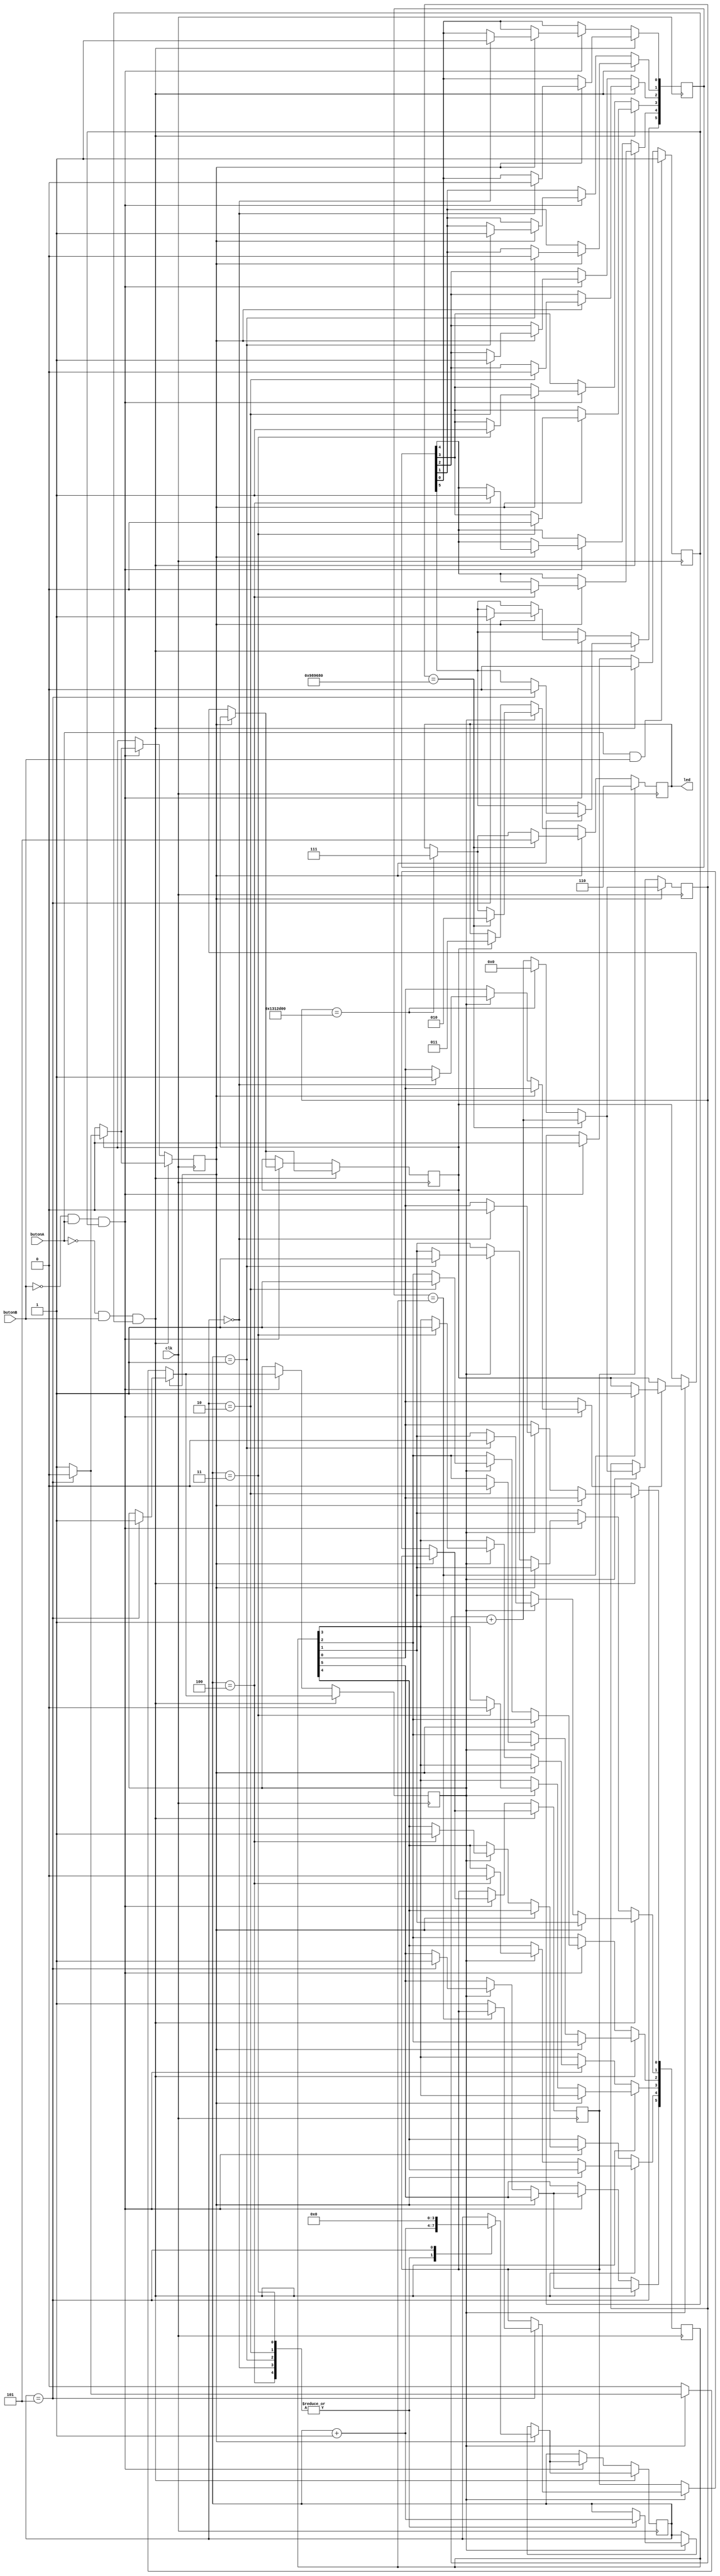
module sifrelemeSistemi(
input butonA,
input butonB,
input clk,  //butonA > 0, butonB > 1 , 011<krmz 101<mavi  110<yeil
output reg [2:0] led
);

reg [31:0] sayac = 32'd0;
reg [3:0] butonSayaci = 4'b0000;
reg [5:0] sifre;
reg [5:0] denenenSifre;
reg  sifreKaydetme = 1'b1;
reg  sifreDogrulama = 1'b0;
reg  butonuAlgila = 1'b1;
reg  dogru = 1'b0;
reg  yanlis = 1'b0;

always@(posedge clk)begin                           
if(sifreKaydetme == 1'b1) begin
    sayac <= sayac + 1;
    if(sayac == 32'd10000_000)begin
    led <= 3'b101;
    end
    else if(sayac == 32'd20000_000) begin
    led <= 3'b111;
    sayac <= 32'd0;
    end
end 
else if(sifreDogrulama == 1'b1) begin
    sayac <= sayac + 1;
    if(sayac == 32'd10000_000)begin
    led <= 3'b010;
    end
    else if(sayac == 32'd20000_000) begin
    led <= 3'b111;
    sayac <= 32'd0;
    end
end 
else if(dogru == 1'b1) begin
    led <= 3'b011;
end 
if(yanlis == 1'b1) begin
    led <= 3'b110;
end 
end 




always@(posedge clk)begin
    if(!butonA && butonB && butonuAlgila == 1'b1)begin
        butonuAlgila <= 1'b0;
        if(sifreKaydetme == 1'b1)begin
            case (butonSayaci)
                4'b0000: begin 
                    sifre[0] <= 1'b0;
                    butonSayaci <= butonSayaci + 1;
                    end
                4'b0001: begin 
                    sifre[1] <= 1'b0;
                    butonSayaci <= butonSayaci + 1;
                    end
                4'b0010: begin 
                    sifre[2] <= 1'b0;
                    butonSayaci <= butonSayaci + 1;
                    end
                4'b0011: begin 
                    sifre[3] <= 1'b0;
                    butonSayaci <= butonSayaci + 1;
                    end
                4'b0100: begin 
                    sifre[4] <= 1'b0;
                    butonSayaci <= butonSayaci + 1;
                    end
                4'b0101: begin 
                    sifre[5] <= 1'b0;
                    sifreKaydetme <= 1'b0;
                    sifreDogrulama <= 1'b1;
                    butonSayaci <= 4'b0000;
                    end
                endcase
            end
        else if(sifreDogrulama == 1'b1)begin
            case (butonSayaci)
                4'b0000: begin 
                    denenenSifre[0] <= 1'b0;
                    butonSayaci <= butonSayaci + 1;
                    end
                4'b0001: begin 
                    denenenSifre[1] <= 1'b0;
                    butonSayaci <= butonSayaci + 1;
                    end
                4'b0010: begin 
                    denenenSifre[2] <= 1'b0;
                    butonSayaci <= butonSayaci + 1;
                    end
                4'b0011: begin 
                    denenenSifre[3] <= 1'b0;
                    butonSayaci <= butonSayaci + 1;
                    end
                4'b0100: begin 
                    denenenSifre[4] <= 1'b0;
                    butonSayaci <= butonSayaci + 1;
                    end
                4'b0101: begin    
                    sifreKaydetme <= 1'b0;
                    sifreDogrulama <= 1'b0;
                    denenenSifre[5] <= 1'b1;
                    if(sifre == denenenSifre)begin
                        dogru <= 1'b1;
                    end
                    else begin
                        yanlis <= 1'b1;
                    end
                    end
                endcase
            end
    end
    else if(!butonB && butonA && butonuAlgila == 1'b1)begin
        butonuAlgila <= 1'b0;
        if(sifreKaydetme == 1'b1)begin
            case (butonSayaci)
                4'b0000: begin 
                    sifre[0] <= 1'b1;
                    butonSayaci <= butonSayaci + 1; 
                    end
                4'b0001: begin 
                    sifre[1] <= 1'b1;
                    butonSayaci <= butonSayaci + 1;
                    end
                4'b0010: begin 
                    sifre[2] <= 1'b1;
                    butonSayaci <= butonSayaci + 1;
                    end
                4'b0011: begin 
                    sifre[3] <= 1'b1;
                    butonSayaci <= butonSayaci + 1;
                    end
                4'b0100: begin 
                    sifre[4] <= 1'b1;
                    butonSayaci <= butonSayaci + 1;
                    end
                4'b0101: begin 
                    sifre[5] <= 1'b1;
                    sifreKaydetme <= 1'b0;
                    sifreDogrulama <= 1'b1;
                    butonSayaci <= 4'b0000;
                    end
            endcase
        end
        else if(sifreDogrulama == 1'b1)begin
            case (butonSayaci)
                4'b0000: begin 
                    denenenSifre[0] <= 1'b1;
                    butonSayaci <= butonSayaci + 1;
                    end
                4'b0001: begin 
                    denenenSifre[1] <= 1'b1;
                    butonSayaci <= butonSayaci + 1;
                    end
                4'b0010: begin 
                    denenenSifre[2] <= 1'b1;
                    butonSayaci <= butonSayaci + 1;
                    end
                4'b0011: begin 
                    denenenSifre[3] <= 1'b1;
                    butonSayaci <= butonSayaci + 1;
                    end
                4'b0100: begin 
                    denenenSifre[4] <= 1'b1;
                    butonSayaci <= butonSayaci + 1;
                    end
                4'b0101: begin    
                    sifreKaydetme <= 1'b0;
                    sifreDogrulama <= 1'b0;
                    denenenSifre[5] <= 1'b1;
                    if(sifre == denenenSifre)begin
                       dogru <= 1'b1;
                    end
                    else begin
                       yanlis <= 1'b1;
                    end
                    end
                endcase
            end
    end
    if (butonA && butonB) begin
        butonuAlgila <= 1'b1;
    end
end
    
endmodule